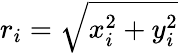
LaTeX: r_{i}=\sqrt{x_{i}^{2}+y_{i}^{2}}